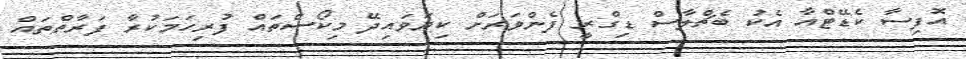
އޮފިސާ ކެޑޭޓްއާ އެކު ބެޗްލާސް ޑިގްރީ ފެންވަރަށް ކިޔަވައިދޭ މިކޯސްތައް ފުރިހަމަކުރާ ފަރާތްތައް